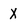
Character: X